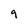
Character: g